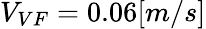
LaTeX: V_{VF}=0.06[m/s]